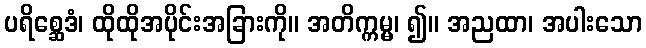
ပရိစ္ဆေဒံ၊ ထိုထိုအပိုင်းအခြားကို။ အတိက္ကမ္မ၊ ၍။ အညထာ၊ အပါးသော